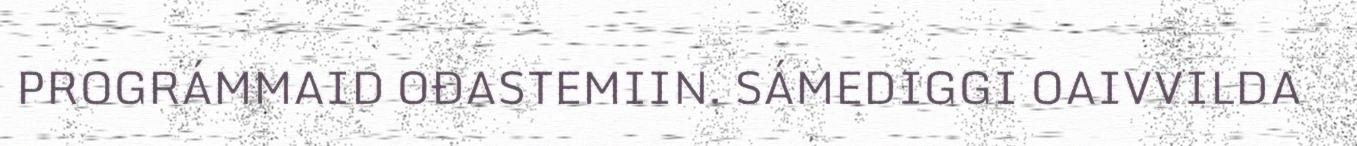
PROGRÁMMAID OĐASTEMIIN. SÁMEDIGGI OAIVVILDA